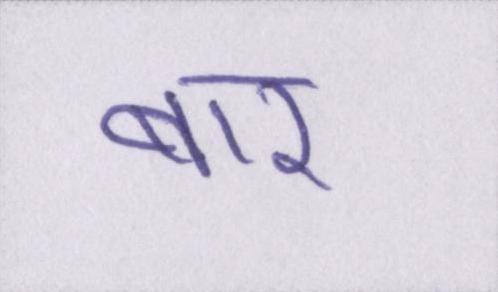
बार